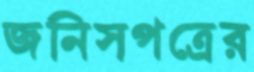
জনিসপত্রের